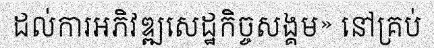
ដល់ការអភិវឌ្ឍសេដ្ឋកិច្ចសង្គម» នៅគ្រប់